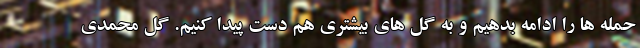
حمله ها را ادامه بدهیم و به گل های بیشتری هم دست پیدا کنیم. گل محمدی